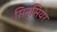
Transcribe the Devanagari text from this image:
सिन्सियर